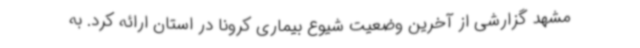
مشهد گزارشی از آخرین وضعیت شیوع بیماری کرونا در استان ارائه کرد. به